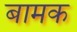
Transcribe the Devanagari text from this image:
बामक